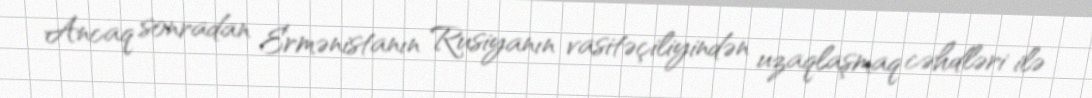
Ancaq sonradan Ermənistanın Rusiyanın vasitəçiliyindən uzaqlaşmaq cəhdləri ilə